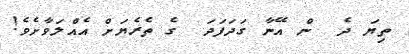
ތިޔަ ދެ  ން އޭނާ ގަދަފަދަ  ގެ ތެރެޔަށް އެއްލަވާށެވެ!